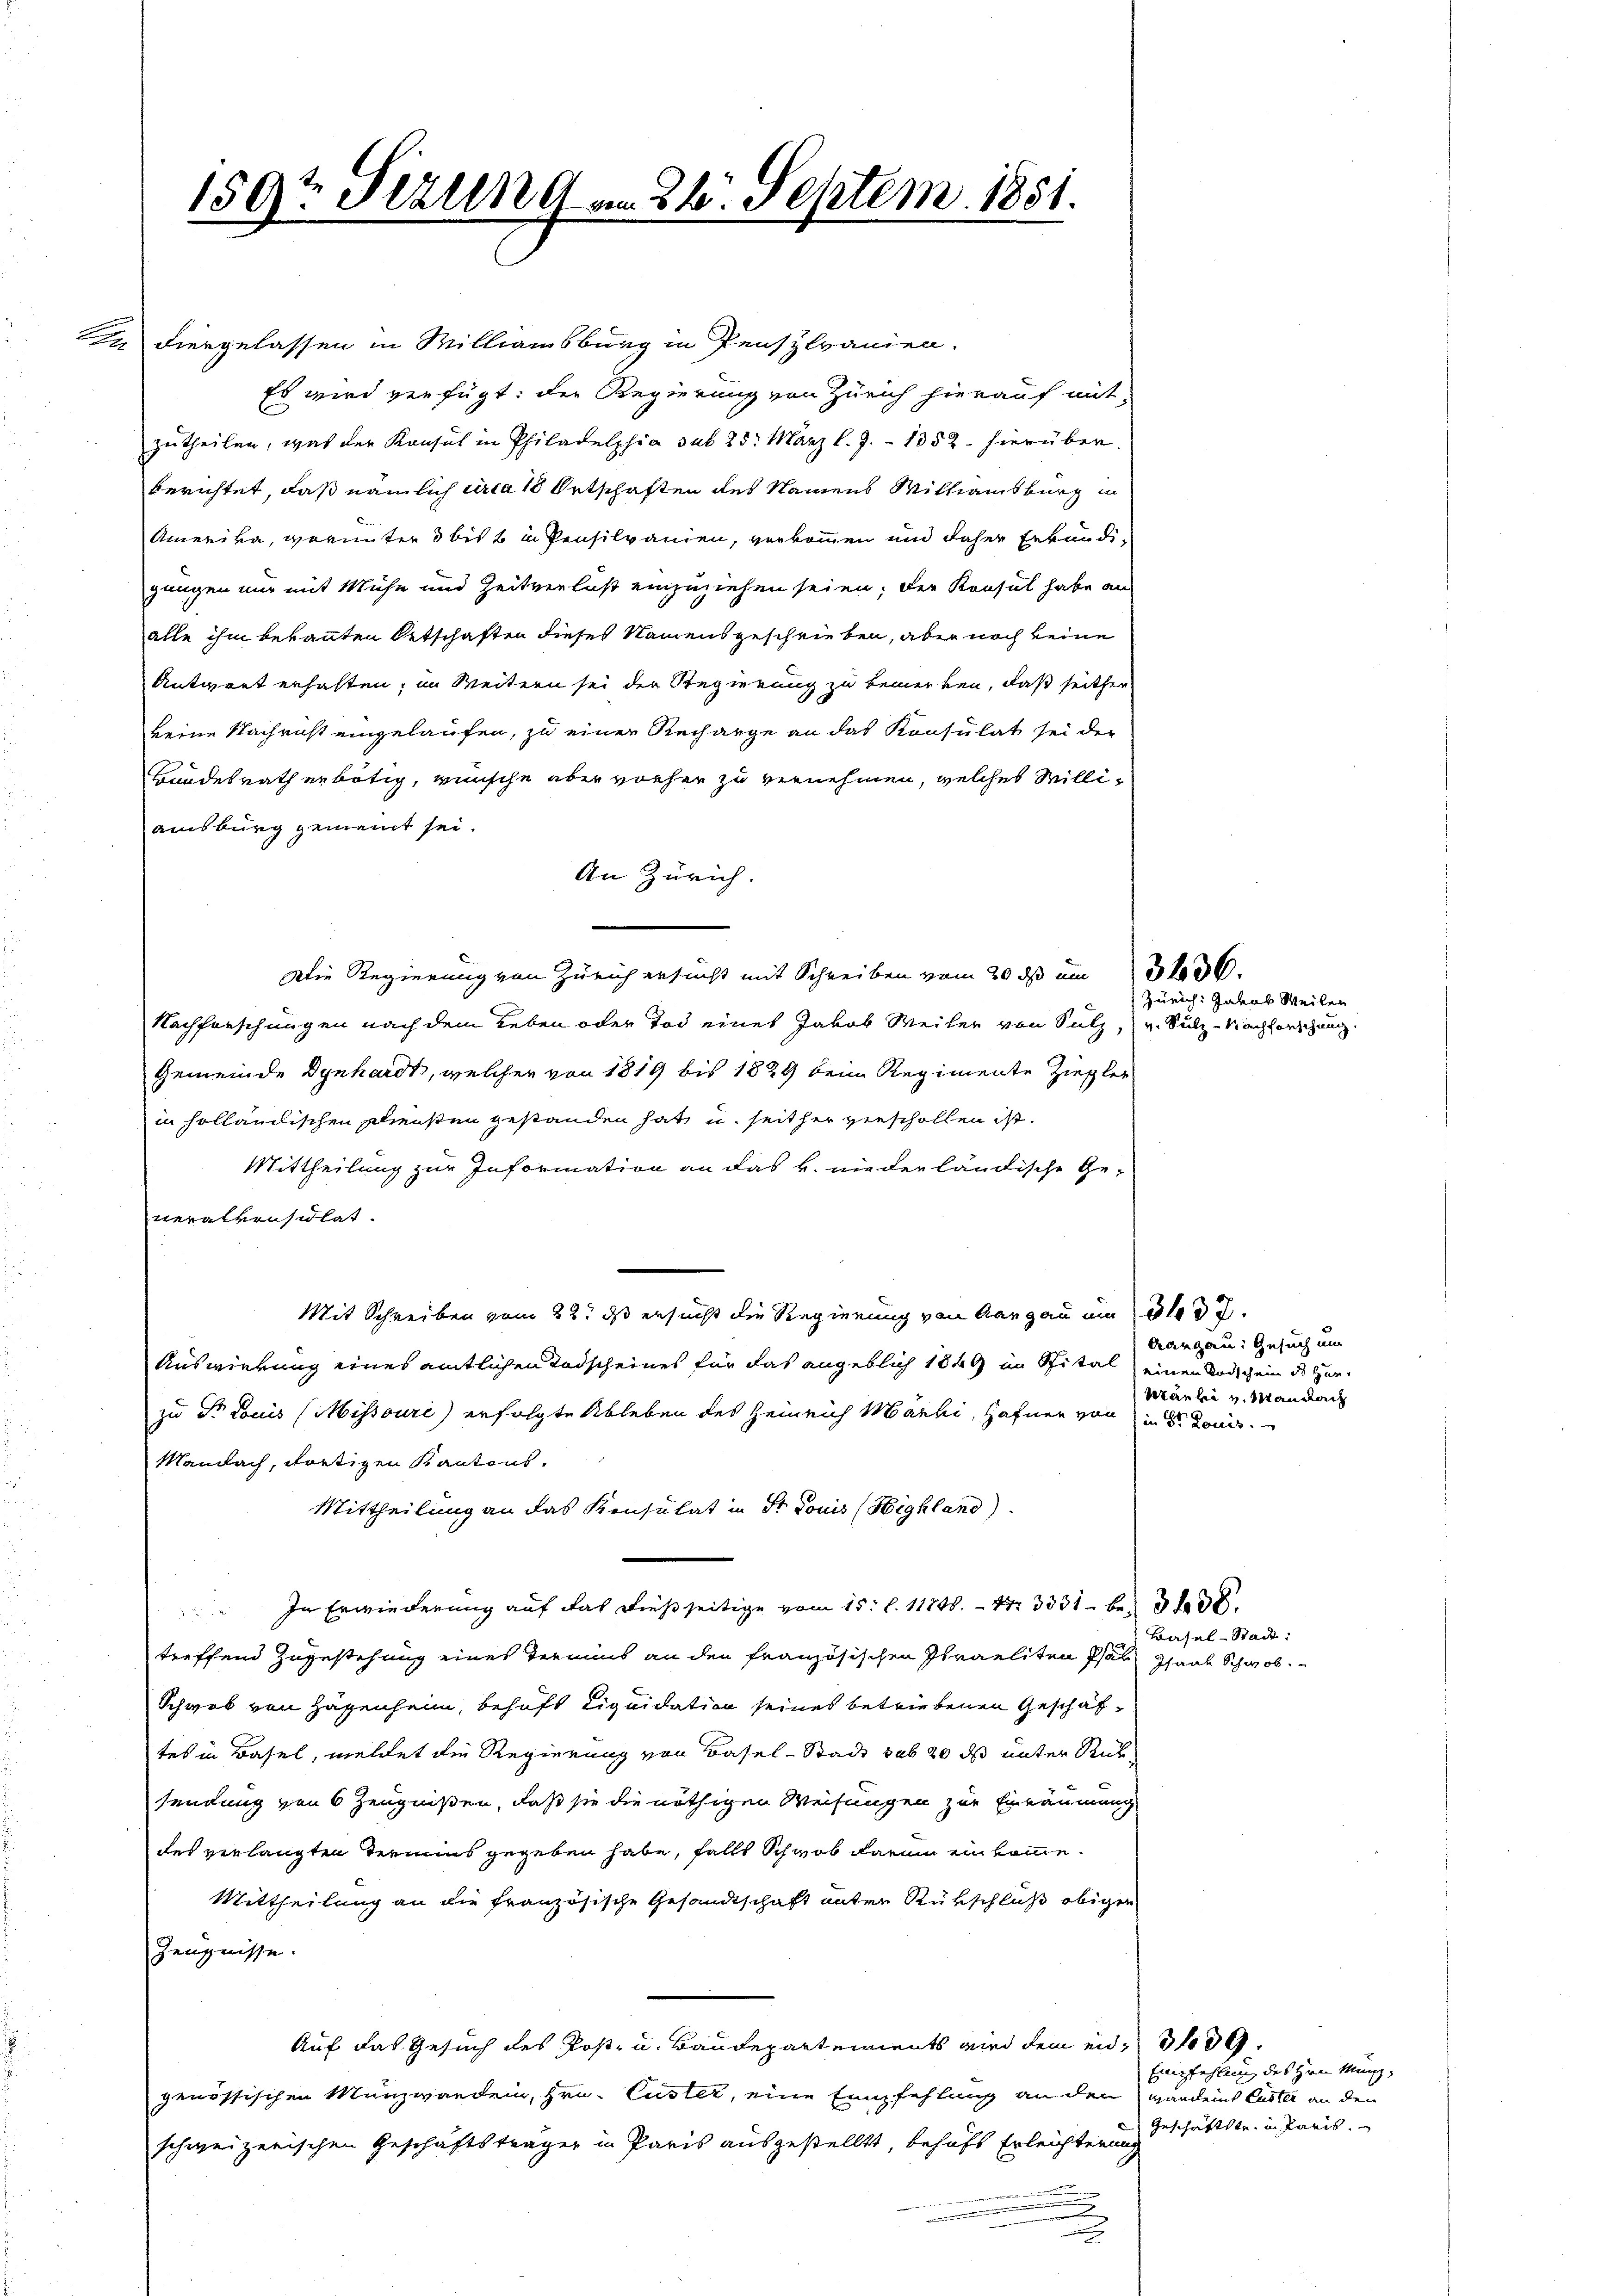
159t Sezung am 24. Septem 1851.

In viergelassen in Williamsburg in Pensplanien.
Es wird verfügt: die Regierung von Zürich hierauf mit-
zutheilen, was der Konsul in Philadelphia sub 25. März l. J. 1352. hierüber
berichtet, daß nämlich urca 10 Ortschaften des Namens Millamsburg in
Amerika, worunter 3 bis & in Pensilvanien, verkommen und daher Erkundi-
gungen nur mit Mühe und Zeitverlust einzuziehen seien; der Konsul habe an
alle ihm bekannten Ortschaften dieses Namens geschrieben, aber noch keine
Antwort erhalten, im Weitern sei der Regierung zu bemerken, daß seither
keine Nachricht eingelaufen, zu einer Recharge an das Konsulat sei der
Bundesrath erbötig, wünsche aber vorher zu vernehmen, welches Milliamsburg gemeint sei.
An Zürich.
Die Regierung von Zürich ersucht mit Schreiben vom 20. ds um 350.
Nachforschungen nach dem Leben oder Tod eines Jakob Weiler von Sulz, u. Sulz-Nachforschung.
Gemeinde Dynhardt, welcher von 1819 bis 1829 beim Regimente Ziegler
in holländischen Ehrensten gestanden hat u. seither verschollen ist.
Mittheilung zur Information an das k. niederländische Ge-
neralversuchet.
Mit Schreiben vom 22t ds ersucht die Regierung von Aargau um 337.
Auswirkung eines amtlichen Todscheines für das angeblich 1849 im Spital einen Todschein des Her-
zu St. Louis (Missouri) erfolgte Ableben des Heinrich Marki, Hafner von in d. Louis
Mainach, dortigen Kantons.
Mittheilung an das Konsulat in Sr Louis (Highland)
In Erwiederung auf das dießseitige vom 15. l. 11798. - Nr. 3331 - be 338.
treffend Zugestehung eines Termins an den französischen Straeliten Pfau Saale Schwab
Schweb von Hagenheim, behaft Liquidation seines betriebenen Geschäftes in Basel, meldet die Regierung von Basel-Stadt sub 20 ds unter Rücksendung von 6 Zeugnißen, daß sie die nöthigen Weisungen zur Einräumung
des verlangten Termins gegeben habe, falls Schwab darum ein komme.
Mittheilung an die französische Gesandtschaft unter Rükschluß obigen
Zeugnisse.
Auf das Gesuch des Post- u. Baudepartements wird dem eid- 339.
genössischen Manzwanden, Hrn. Custer, eine Empfehlung an den werden Custer an den
schweizerischen Geschäftsträger in Paris ausgestellt, behaft Erleichterung
u

Zürich: Jakob Weilen

Aargau: Gesuch um
Karlei v. Man nach

Basel-Stadt:

Empfehlung des Hrn. Münz,
Geschäftste in Paris.